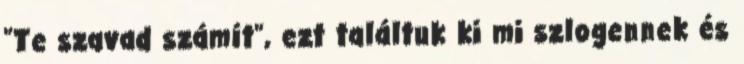
"Te szavad számít", ezt találtuk ki mi szlogennek és